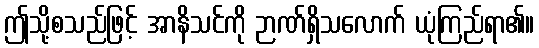
ဤသို့စသည်ဖြင့် အာနိသင်ကို ဉာဏ်ရှိသလောက် ယုံကြည်ရာ၏။